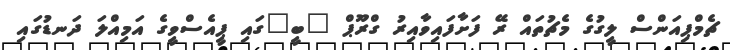
ޗެމްޕިއަންސް ލީގުގެ މެޗުތައް ރޭ ފަށާފައިވާއިރު ގްރޫޕް "ބީ"ގައި ޕީއެސްވީގެ އަމިއްލަ ދަނޑުގައި